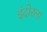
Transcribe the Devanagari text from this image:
इंदोरला